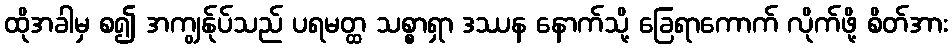
ထိုအခါမှ စ၍ အကျွန်ုပ်သည် ပရမတ္ထ သစ္စာရှာ ဒဿန နောက်သို့ ခြေရာကောက် လိုက်ဖို့ စိတ်အား